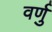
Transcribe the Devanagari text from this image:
वर्णु